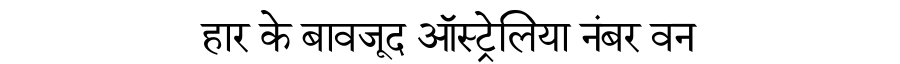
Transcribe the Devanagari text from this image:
हार के बावजूद ऑस्ट्रेलिया नंबर वन